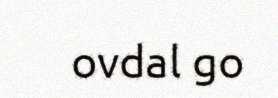
ovdal go